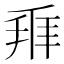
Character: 𬼐